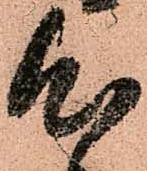
心